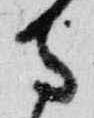
寺